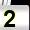
Digit: 2